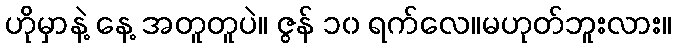
ဟိုမှာနဲ့ နေ့ အတူတူပဲ။ ဇွန် ၁၀ ရက်လေ။မဟုတ်ဘူးလား။